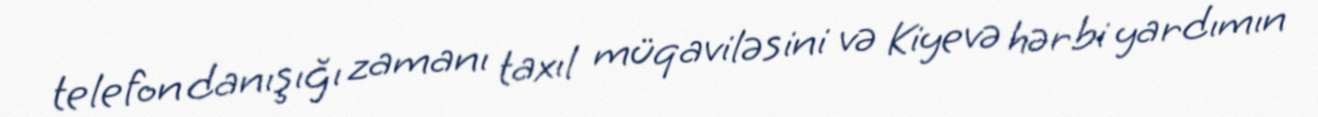
telefon danışığı zamanı taxıl müqaviləsini və Kiyevə hərbi yardımın